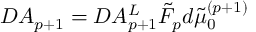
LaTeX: { \cal D } A _ { p + 1 } = { \cal D } A _ { p + 1 } ^ { L } \tilde { { \cal F } } _ { p } d \tilde { \mu } _ { 0 } ^ { ( p + 1 ) }